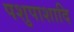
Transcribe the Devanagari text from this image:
पशुपाशादि